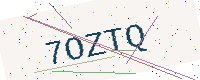
Text: 7OZTQ